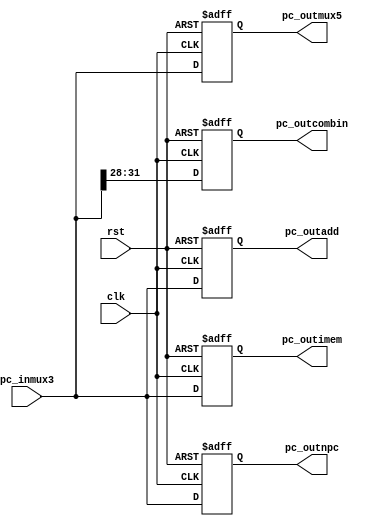
`timescale 1ns / 1ps
//////////////////////////////////////////////////////////////////////////////////
// Company: 
// Engineer: 
// 
// Design Name: 
// Module Name:    Pc 
// Project Name: 
// Target Devices: 
// Tool versions: 
// Description: 
//
// Dependencies: 
//
// Revision: 
// Revision 0.01 - File Created
// Additional Comments: 
//
//////////////////////////////////////////////////////////////////////////////////
module Pc(
	input clk,
	input rst,
	input [31:0]  pc_inmux3,
	output [31:0] pc_outimem,
	output [31:0] pc_outnpc,
	output [31:0] pc_outmux5,
	output [3:0]  pc_outcombin,
	output [31:0] pc_outadd
	);

	reg [31:0] tpc_outimem;
	reg [31:0] tpc_outnpc;
	reg [31:0] tpc_outmux5;
	reg [3:0]  tpc_outcombin;
	reg [31:0] tpc_outadd;

	assign pc_outimem = tpc_outimem;
	assign pc_outnpc = tpc_outnpc;
	assign pc_outmux5 = tpc_outmux5;
	assign pc_outcombin = tpc_outcombin;
	assign pc_outadd = tpc_outadd;
	always @(posedge clk or posedge rst) begin
		if (rst == 1) begin
			tpc_outimem  = 32'b00000000000000000000000000000000;
			tpc_outnpc   = 32'b00000000000000000000000000000000;
			tpc_outmux5  = 32'b00000000000000000000000000000000;
			tpc_outcombin = 4'b0000;
			tpc_outadd = 32'b00000000000000000000000000000000;
		end
		else begin
			tpc_outimem = pc_inmux3;
			tpc_outnpc  = pc_inmux3;
			tpc_outmux5 = pc_inmux3;
			tpc_outcombin = {pc_inmux3[31:28]};
			tpc_outadd = pc_inmux3;//+ 32'b00000000000000000000000000000100;
		end
	end
endmodule